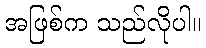
အဖြစ်က သည်လိုပါ။